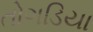
તોગડિયા